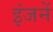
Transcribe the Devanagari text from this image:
इंजनें